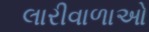
લારીવાળાઓ